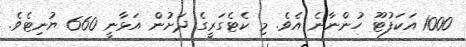
1000 އަކަފުޓޫ ހުންނާނެ އެވެ. މި ކެޓެގަރީގެ ދަށުން އަޅާނީ 660 ޔުނިޓެވެ.